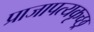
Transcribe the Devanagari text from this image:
प्राजापत्यकृच्छ्र